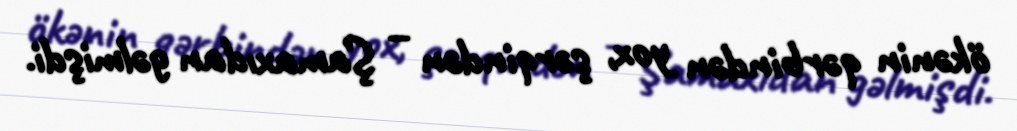
ökənin qərbindən yox, şərqindən – Şamaxıdan gəlmişdi.